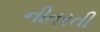
નીતરતી